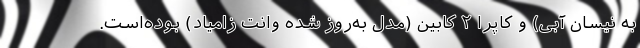
به نیسان آبی) و کاپرا ۲ کابین (مدل به‌روز شده وانت زامیاد) بوده‌است.